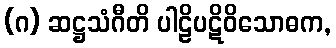
(ဂ) ဆဋ္ဌသံဂီတိ ပါဠိပဋိဝိသောဓက,